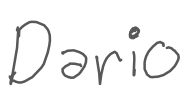
Text: Dario
Cross-out: clean
Writing tool: digital_gray